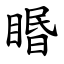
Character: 䁕